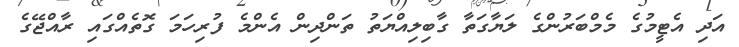
އަދި އެޓީމުގެ މެމްބަރުންގެ ލަޔާގަތާ ގާބިލިއްޔަތު ތަންދިން އެންމެ ފުރިހަމަ ގޮތެއްގައި ރާއްޖޭގެ